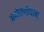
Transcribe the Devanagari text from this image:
अणोरणीयान्‌